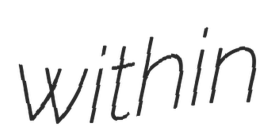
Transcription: within